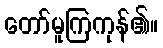
တော်မူကြကုန်၏။